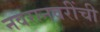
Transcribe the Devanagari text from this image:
नवरानवरींची